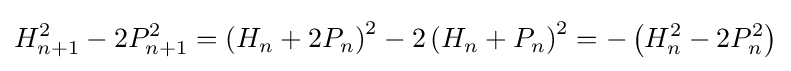
H_{n+1}^{2}-2P_{n+1}^{2}=\left(H_{n}+2P_{n}\right)^{2}-2\left(H_{n}+P_{n}\right)^{2}=-\left(H_{n}^{2}-2P_{n}^{2}\right)